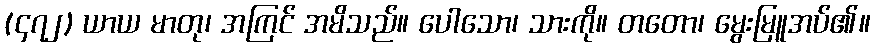
(၄၇၂) ယာယ မာတု၊ အကြင် အမိသည်။ ပေါသော၊ သားကို။ တတော၊ မွေးမြူအပ်၏။